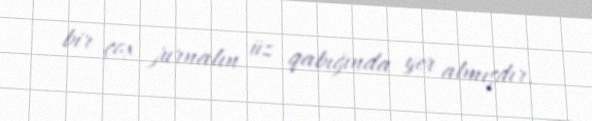
bir çox jurnalın üz qabığında yer almışdır.